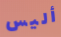
أليس